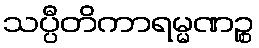
သပ္ပီတိကာရမ္မဏဉ္စ